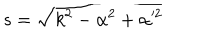
s = \sqrt { k ^ { 2 } - \alpha ^ { 2 } + \alpha ^ { \prime 2 } }